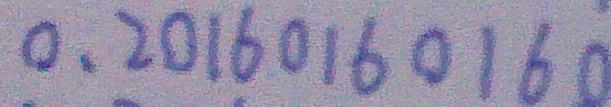
0 . 2 0 1 6 0 1 6 0 1 6 0